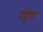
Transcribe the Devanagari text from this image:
पंहुंचा